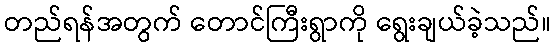
တည်ရန်အတွက် တောင်ကြီးရွာကို ရွေးချယ်ခဲ့သည်။